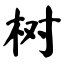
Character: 树